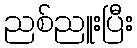
ညစ်ညူးပြီး